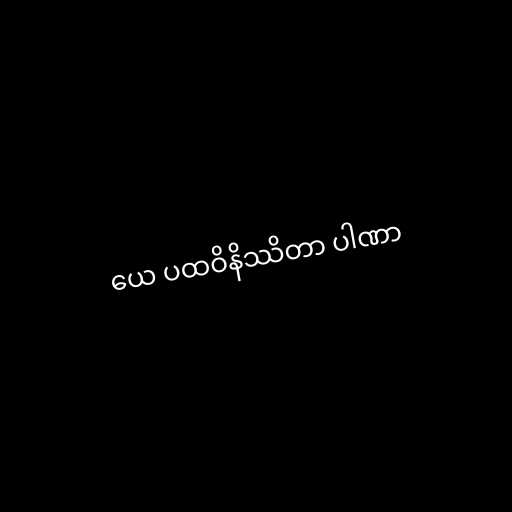
ယေ ပထဝိနိဿိတာ ပါဏာ